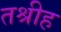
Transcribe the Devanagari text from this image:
तश्रीह